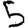
Digit: 5